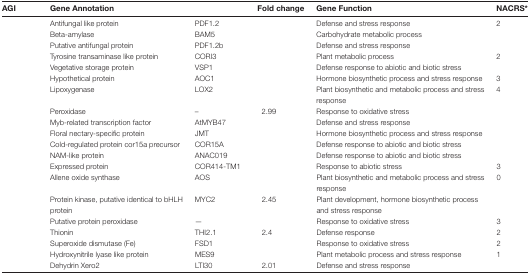
<table><thead><tr><td><b>AGI</b></td><td><b>Gene Annotation</b></td><td>[EMPTY_CELL]</td><td><b>Fold change</b></td><td><b>Gene Function</b></td><td><b>NACRS*</b></td></tr></thead><tbody><tr><td>[EMPTY_CELL]</td><td>Antifungal like protein</td><td>PDF1.2</td><td>[EMPTY_CELL]</td><td>Defense and stress response</td><td>2</td></tr><tr><td>[EMPTY_CELL]</td><td>Beta-amylase</td><td>BAM5</td><td>[EMPTY_CELL]</td><td>Carbohydrate metabolic process</td><td>[EMPTY_CELL]</td></tr><tr><td>[EMPTY_CELL]</td><td>Putative antifungal protein</td><td>PDF1.2b</td><td>[EMPTY_CELL]</td><td>Defense and stress response</td><td>[EMPTY_CELL]</td></tr><tr><td>[EMPTY_CELL]</td><td>Tyrosine transaminase like protein</td><td>CORI3</td><td>[EMPTY_CELL]</td><td>Plant metabolic process</td><td>2</td></tr><tr><td>[EMPTY_CELL]</td><td>Vegetative storage protein</td><td>VSP1</td><td>[EMPTY_CELL]</td><td>Defense response to abiotic and biotic stress</td><td>[EMPTY_CELL]</td></tr><tr><td>[EMPTY_CELL]</td><td>Hypothetical protein</td><td>AOC1</td><td>[EMPTY_CELL]</td><td>Hormone biosynthetic process and stress response</td><td>3</td></tr><tr><td>[EMPTY_CELL]</td><td>Lipoxygenase</td><td>LOX2</td><td>[EMPTY_CELL]</td><td>Plant biosynthetic and metabolic process and stress response</td><td>4</td></tr><tr><td>[EMPTY_CELL]</td><td>Peroxidase</td><td>–</td><td>2.99</td><td>Response to oxidative stress</td><td>[EMPTY_CELL]</td></tr><tr><td>[EMPTY_CELL]</td><td>Myb-related transcription factor</td><td>AtMYB47</td><td>[EMPTY_CELL]</td><td>Defense and stress response</td><td>[EMPTY_CELL]</td></tr><tr><td>[EMPTY_CELL]</td><td>Floral nectary-specific protein</td><td>JMT</td><td>[EMPTY_CELL]</td><td>Hormone biosynthetic process and stress response</td><td>[EMPTY_CELL]</td></tr><tr><td>[EMPTY_CELL]</td><td>Cold-regulated protein cor15a precursor</td><td>COR15A</td><td>[EMPTY_CELL]</td><td>Defense response to abiotic and biotic stress</td><td>[EMPTY_CELL]</td></tr><tr><td>[EMPTY_CELL]</td><td>NAM-like protein</td><td>ANAC019</td><td>[EMPTY_CELL]</td><td>Defense response to abiotic and biotic stress</td><td>[EMPTY_CELL]</td></tr><tr><td>[EMPTY_CELL]</td><td>Expressed protein</td><td>COR414-TM1</td><td>[EMPTY_CELL]</td><td>Response to abiotic stress</td><td>3</td></tr><tr><td>[EMPTY_CELL]</td><td>Allene oxide synthase</td><td>AOS</td><td>[EMPTY_CELL]</td><td>Plant biosynthetic and metabolic process and stress response</td><td>0</td></tr><tr><td>[EMPTY_CELL]</td><td>Protein kinase, putative identical to bHLH protein</td><td>MYC2</td><td>2.45</td><td>Plant development, hormone biosynthetic process and stress response</td><td>[EMPTY_CELL]</td></tr><tr><td>[EMPTY_CELL]</td><td>Putative protein peroxidase</td><td>—</td><td>[EMPTY_CELL]</td><td>Response to oxidative stress</td><td>3</td></tr><tr><td>[EMPTY_CELL]</td><td>Thionin</td><td>THI2.1</td><td>2.4</td><td>Defense response</td><td>2</td></tr><tr><td>[EMPTY_CELL]</td><td>Superoxide dismutase (Fe)</td><td>FSD1</td><td>[EMPTY_CELL]</td><td>Response to oxidative stress</td><td>2</td></tr><tr><td>[EMPTY_CELL]</td><td>Hydroxynitrile lyase like protein</td><td>MES9</td><td>[EMPTY_CELL]</td><td>Plant metabolic process and stress response</td><td>1</td></tr><tr><td>[EMPTY_CELL]</td><td>Dehydrin Xero2</td><td>LTI30</td><td>2.01</td><td>Defense and stress response</td><td>[EMPTY_CELL]</td></tr></tbody></table>